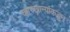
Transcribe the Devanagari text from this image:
कारखान्यांकडून